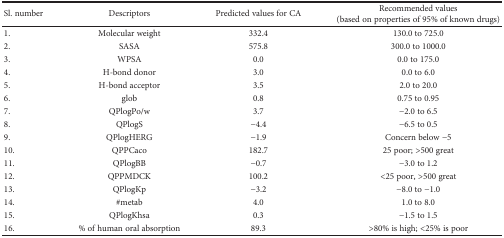
<table><thead><tr><td><b>Sl. number</b></td><td><b>Descriptors</b></td><td><b>Predicted values for CA</b></td><td><b>Recommended values (based on properties of 95% of known drugs)</b></td></tr></thead><tbody><tr><td>1.</td><td>Molecular weight</td><td>332.4</td><td>130.0 to 725.0</td></tr><tr><td>2.</td><td>SASA</td><td>575.8</td><td>300.0 to 1000.0</td></tr><tr><td>3.</td><td>WPSA</td><td>0.0</td><td>0.0 to 175.0</td></tr><tr><td>4.</td><td>H-bond donor</td><td>3.0</td><td>0.0 to 6.0</td></tr><tr><td>5.</td><td>H-bond acceptor</td><td>3.5</td><td>2.0 to 20.0</td></tr><tr><td>6.</td><td>glob</td><td>0.8</td><td>0.75 to 0.95</td></tr><tr><td>7.</td><td>QPlogPo/w</td><td>3.7</td><td>−2.0 to 6.5</td></tr><tr><td>8.</td><td>QPlogS</td><td>−4.4</td><td>−6.5 to 0.5</td></tr><tr><td>9.</td><td>QPlogHERG</td><td>−1.9</td><td>Concern below −5</td></tr><tr><td>10.</td><td>QPPCaco</td><td>182.7</td><td>25 poor; &gt;500 great</td></tr><tr><td>11.</td><td>QPlogBB</td><td>−0.7</td><td>−3.0 to 1.2</td></tr><tr><td>12.</td><td>QPPMDCK</td><td>100.2</td><td>&lt;25 poor, &gt;500 great</td></tr><tr><td>13.</td><td>QPlogKp</td><td>−3.2</td><td>−8.0 to −1.0</td></tr><tr><td>14.</td><td>#metab</td><td>4.0</td><td>1.0 to 8.0</td></tr><tr><td>15.</td><td>QPlogKhsa</td><td>0.3</td><td>−1.5 to 1.5</td></tr><tr><td>16.</td><td>% of human oral absorption</td><td>89.3</td><td>&gt;80% is high; &lt;25% is poor</td></tr></tbody></table>